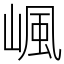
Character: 𡺤